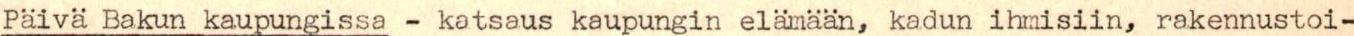
Päivä Bakun kaupungissa - katsaus kaupungin elämään, kadun ihmisiin, rakennustoi-